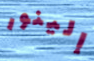
إلينور